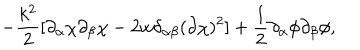
- \frac { k ^ { 2 } } { 2 } [ \partial _ { \alpha } \chi \partial _ { \beta } \chi - 2 w \delta _ { \alpha \beta } ( \partial \chi ) ^ { 2 } ] + \frac { 1 } { 2 } \partial _ { \alpha } \phi \partial _ { \beta } \phi ,